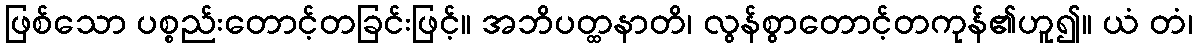
ဖြစ်သော ပစ္စည်းတောင့်တခြင်းဖြင့်။ အဘိပတ္ထနာတိ၊ လွန်စွာတောင့်တကုန်၏ဟူ၍။ ယံ တံ၊